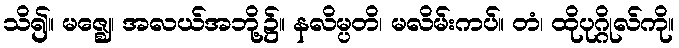
သိ၍။ မဇ္ဈေ၊ အလယ်အဘို့၌။ နလိမ္ပတိ၊ မလိမ်းကပ်။ တံ၊ ထိုပုဂ္ဂိုလ်ကို။